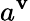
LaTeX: a^{\mathbf{v}}